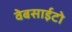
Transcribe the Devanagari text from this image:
वेबसाईटो